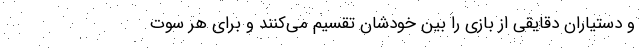
و دستیاران دقایقی از بازی را بین خودشان تقسیم می‌کنند و برای هر سوت